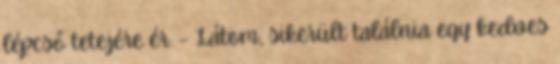
lépcső tetejére ér. – Látom, sikerült találnia egy kedves